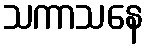
သကာသနေ